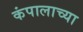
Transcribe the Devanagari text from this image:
कंपालाच्या